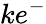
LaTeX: ke^{-}